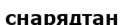
снарядтан